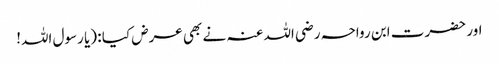
اور حضرت ابن رواحہ رضی اللہ عنہ نے بھی عرض کیا : (یا رسول اللہ!